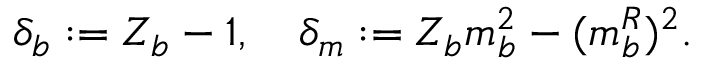
\delta _ { b } : = Z _ { b } - 1 , \quad \delta _ { m } : = Z _ { b } m _ { b } ^ { 2 } - ( m _ { b } ^ { R } ) ^ { 2 } .